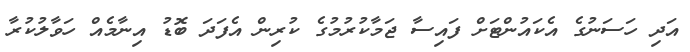
އަދި ހަސަނުގެ އެކައުންޓަށް ފައިސާ ޖަމާކުރުމުގެ ކުރިން އެފަދަ ބޮޑު އިނާމެއް ހަވާލުކުރާ